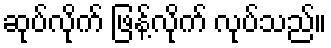
ဆုပ်လိုက် ဖြန့်လိုက် လုပ်သည်။